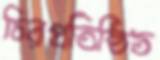
চিরপ্রতিষ্ঠিত